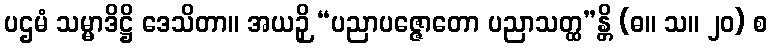
ပဌမံ သမ္မာဒိဋ္ဌိ ဒေသိတာ။ အယဉှိ “ပညာပဇ္ဇောတော ပညာသတ္ထ”န္တိ (ဓ။ သ။ ၂၀) စ